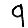
Digit: 9